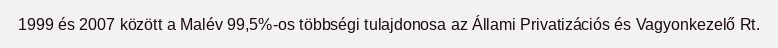
1999 és 2007 között a Malév 99,5%-os többségi tulajdonosa az Állami Privatizációs és Vagyonkezelő Rt.